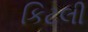
કિટલી